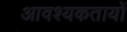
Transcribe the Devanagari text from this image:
आवश्यकतायों